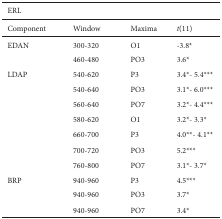
| ERL |  |  |  |
 | --- | --- | --- | --- |
 | Component | Window | Maxima | t(11) |
 | EDAN | 300-320 | O1 | -3.8* |
 |  | 460-480 | PO3 | 3.6* |
 | LDAP | 540-620 | P3 | 3.4*- 5.4*** |
 |  | 540-640 | PO3 | 3.1*- 6.0*** |
 |  | 560-640 | PO7 | 3.2*- 4.4*** |
 |  | 580-620 | O1 | 3.2*- 3.3* |
 |  | 660-700 | P3 | 4.0**- 4.1** |
 |  | 700-720 | PO3 | 5.2*** |
 |  | 760-800 | PO7 | 3.1*- 3.7* |
 | BRP | 940-960 | P3 | 4.5*** |
 |  | 940-960 | PO3 | 3.7* |
 |  | 940-960 | PO7 | 3.4* |